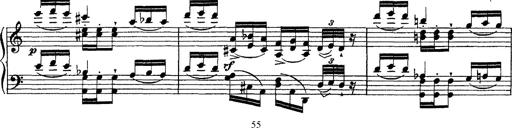
Title: Ã‰tudes d'exÃ©cution transcendante d'aprÃ¨s Paganini
Composer: Franz Liszt